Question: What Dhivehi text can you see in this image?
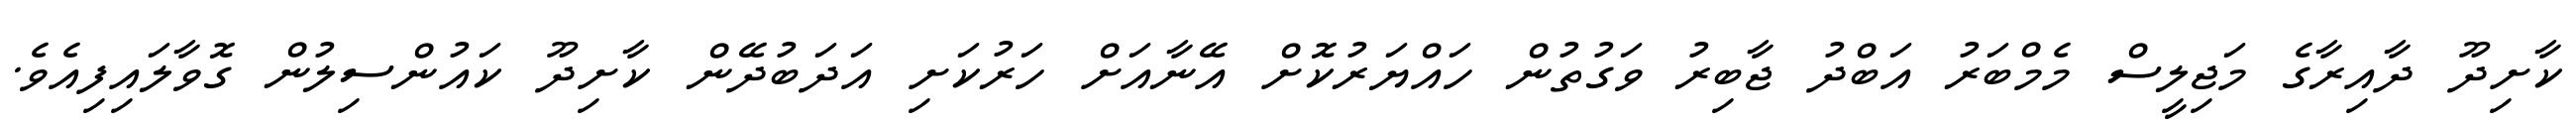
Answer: ކާށިދޫ ދާއިރާގެ މަޖިލީސް މެމްބަރު އަބްދު ޖާބިރު ވަގުތުން ހައްޔަރުކޮށް އޭނާއަށް ހަރުކަށި އަދަބުދޭން ކާށިދޫ ކައުންސިލުން ގޮވާލައިފިއެވެ.